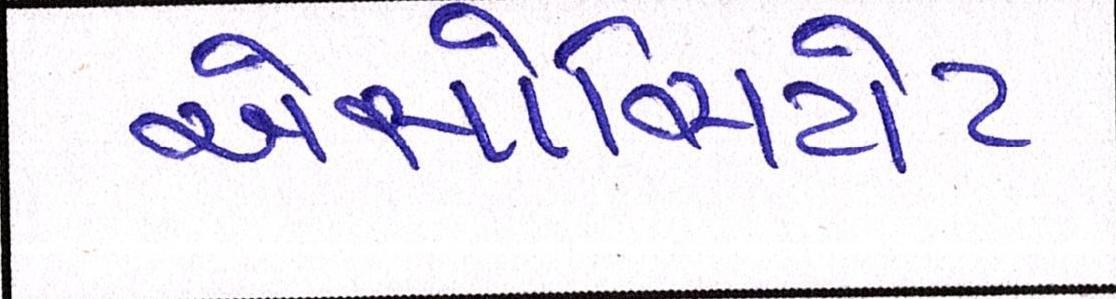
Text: એસોસિયેટ